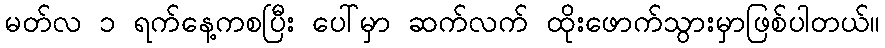
မတ်လ ၁ ရက်နေ့ကစပြီး ပေါ်မှာ ဆက်လက် ထိုးဖောက်သွားမှာဖြစ်ပါတယ်။